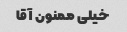
خیلی ممنون آقا